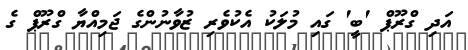
އަދި ގްރޫޕް 'ބީ' ގައި މުލަކު އެކުވެރި ޒުވާނުންގެ ޖަމިއްޔާ ގްރޫޕް ގެ